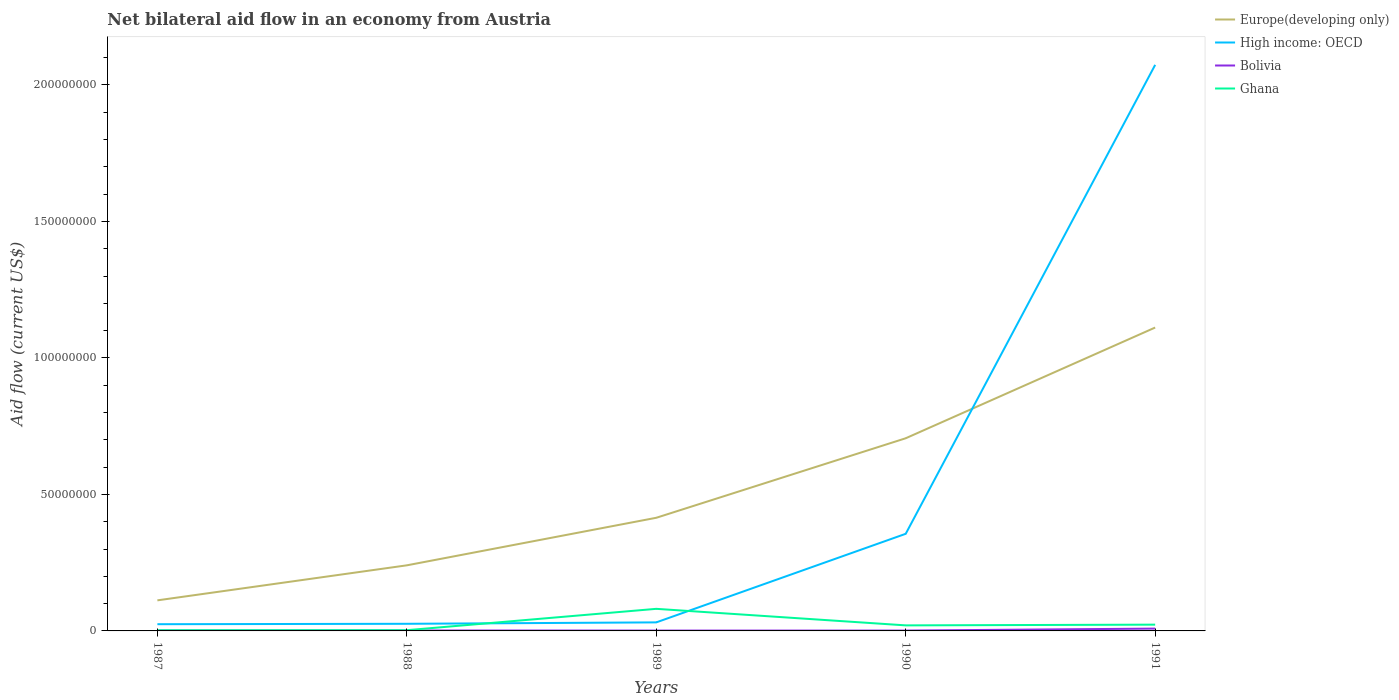
| Years | Europe(developing only) | High income: OECD | Bolivia | Ghana |
 | --- | --- | --- | --- | --- |
 | 1987 | 1.12e+07 | 2.46e+06 | 1.4e+05 | 2.5e+05 |
 | 1988 | 2.4e+07 | 2.61e+06 | 1.6e+05 | 2.7e+05 |
 | 1989 | 4.14e+07 | 3.13e+06 | 1.3e+05 | 8.09e+06 |
 | 1990 | 7.06e+07 | 3.56e+07 | 1.3e+05 | 2.03e+06 |
 | 1991 | 1.11e+08 | 2.07e+08 | 8.5e+05 | 2.3e+06 |